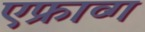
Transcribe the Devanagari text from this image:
एफ्राव्ग